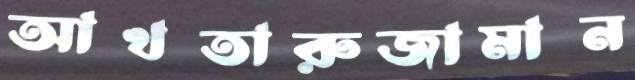
আখতারুজামান